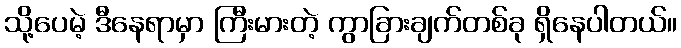
သို့ပေမဲ့ ဒီနေရာမှာ ကြီးမားတဲ့ ကွာခြားချက်တစ်ခု ရှိနေပါတယ်။